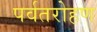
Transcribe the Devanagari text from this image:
पर्वतरोहण